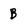
Character: B